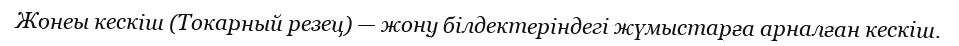
Жонеы кескіш (Токарный резец) — жону білдектеріндегі жүмыстарға арналған кескіш.